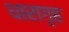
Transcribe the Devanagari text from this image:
धारागृह